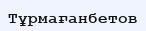
Тұрмағанбетов